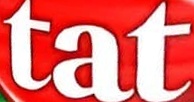
tat